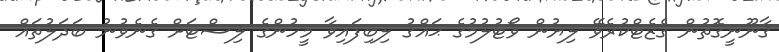
ޤާނޫނީގޮތުން ގެޒެޓްކުރެވޭ ލިޔުން ވޯޓުލުމުގެ ޙައްޤު ލިބިފައިވާ މީހުންގެ ލިސްޓަށް ގެނެވުނު ބަދަލުތައް